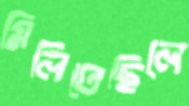
মিলিতেছিলে